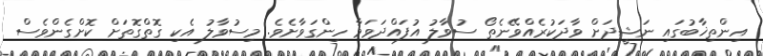
އިންތިޚާބުގައި ނަޝީދަށް ވާދަކުރެއްވޭނެތޯ ސުވާލު އުފައްދަވަމާ ހިންގަވާށެވެ. މިސުވާލު އެކި ގޮތްގޮތަށް ކޮށްގެންވެސް